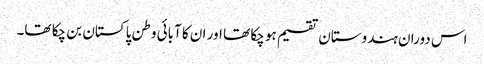
اس دوران ہندوستان تقسیم ہو چکا تھا اور ان کا آبائی وطن پاکستان بن چکا تھا۔